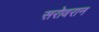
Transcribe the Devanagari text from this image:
सरोवरान